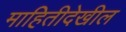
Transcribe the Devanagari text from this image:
माहितीदेखील